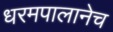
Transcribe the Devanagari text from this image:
धरमपालानेच